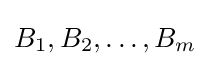
B_{1},B_{2},\dots ,B_{m}